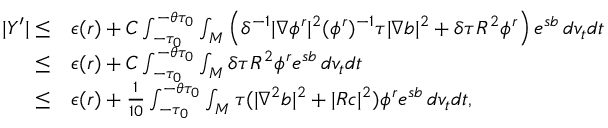
\begin{array} { r l } { | Y ^ { \prime } | \le } & { \epsilon ( r ) + C \int _ { - \tau _ { 0 } } ^ { - \theta \tau _ { 0 } } \int _ { M } \left( \delta ^ { - 1 } | \nabla \phi ^ { r } | ^ { 2 } ( \phi ^ { r } ) ^ { - 1 } \tau | \nabla b | ^ { 2 } + \delta \tau R ^ { 2 } \phi ^ { r } \right) e ^ { s b } \, d v _ { t } d t } \\ { \le } & { \epsilon ( r ) + C \int _ { - \tau _ { 0 } } ^ { - \theta \tau _ { 0 } } \int _ { M } \delta \tau R ^ { 2 } \phi ^ { r } e ^ { s b } \, d v _ { t } d t } \\ { \le } & { \epsilon ( r ) + \frac { 1 } { 1 0 } \int _ { - \tau _ { 0 } } ^ { - \theta \tau _ { 0 } } \int _ { M } \tau ( | \nabla ^ { 2 } b | ^ { 2 } + | R c | ^ { 2 } ) \phi ^ { r } e ^ { s b } \, d v _ { t } d t , } \end{array}